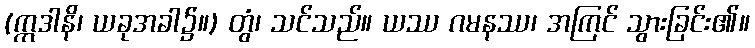
(ဣဒါနိ၊ ယခုအခါ၌။) တွံ၊ သင်သည်။ ယဿ ဂမနဿ၊ အကြင် သွားခြင်း၏။